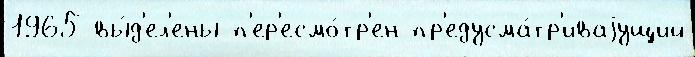
1965 вы́д'ел'ены п'ер'есмо́тр'ен пр'едусма́тр'иваjущий